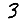
Digit: 3